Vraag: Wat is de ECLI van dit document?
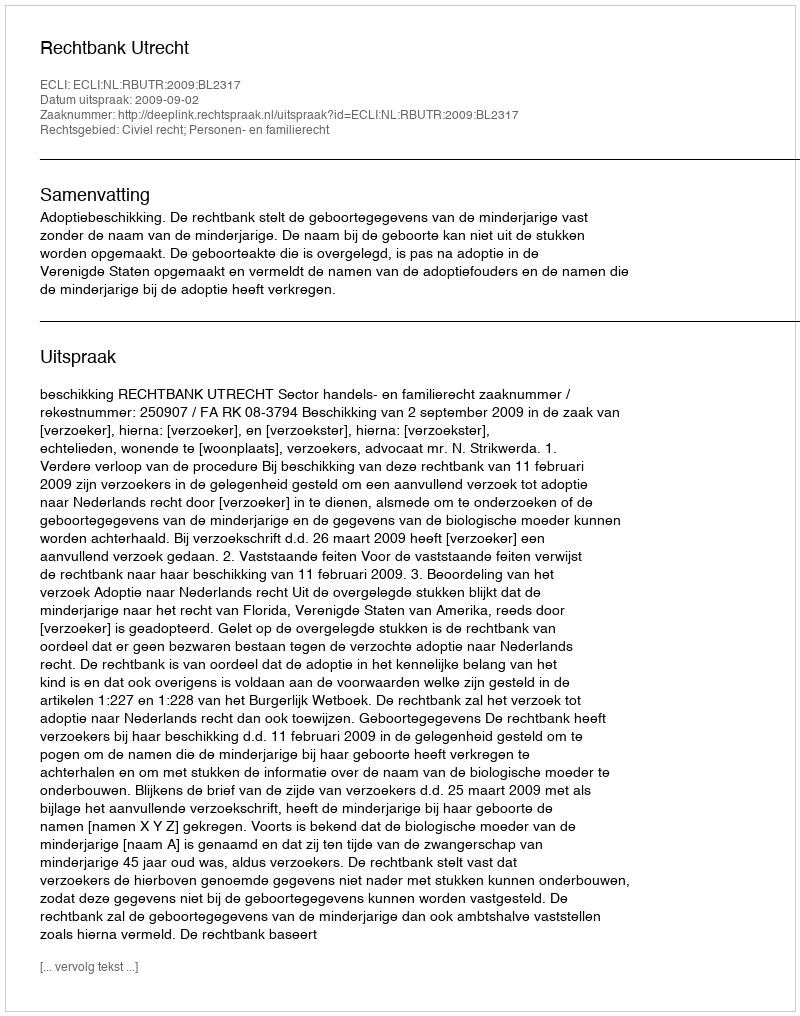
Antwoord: ECLI:NL:RBUTR:2009:BL2317